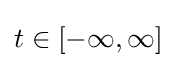
t\in [-\infty ,\infty ]